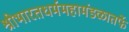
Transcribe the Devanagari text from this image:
श्रीभारतधर्ममहामंडळातर्फे